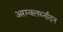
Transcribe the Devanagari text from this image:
अरम्वलर्थ्नादन